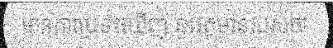
មានការប្រទះឃើញ នូវវត្តមានរបស់ថា